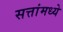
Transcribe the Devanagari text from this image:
सत्तांमध्ये